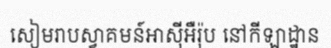
សៀមរាបស្វាគមន៍អាស៊ីអឺរ៉ុប នៅកីឡាដ្ឋាន